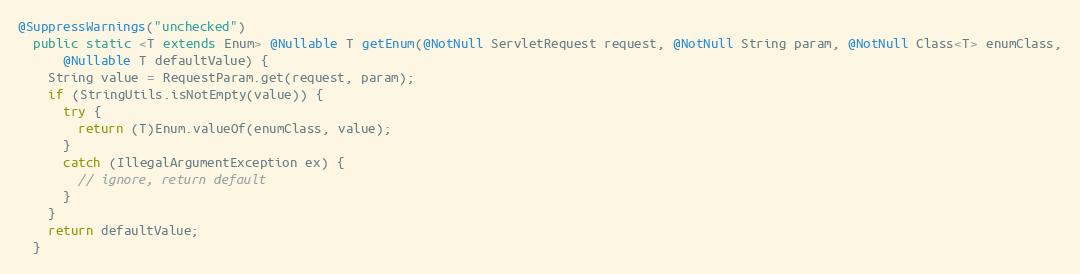
Language: Java
@SuppressWarnings("unchecked")
  public static <T extends Enum> @Nullable T getEnum(@NotNull ServletRequest request, @NotNull String param, @NotNull Class<T> enumClass,
      @Nullable T defaultValue) {
    String value = RequestParam.get(request, param);
    if (StringUtils.isNotEmpty(value)) {
      try {
        return (T)Enum.valueOf(enumClass, value);
      }
      catch (IllegalArgumentException ex) {
        // ignore, return default
      }
    }
    return defaultValue;
  }